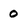
Character: 0